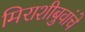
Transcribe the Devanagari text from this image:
मिराशीबुवांचे